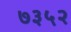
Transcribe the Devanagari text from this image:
७३५२